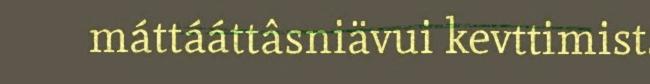
máttááttâsniävui kevttimist.